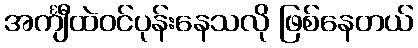
အင်္ကျီထဲဝင်ပုန်းနေသလို ဖြစ်နေတယ်